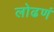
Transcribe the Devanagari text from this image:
लोढणं